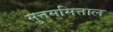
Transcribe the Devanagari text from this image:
मुत्तममित्ताल